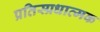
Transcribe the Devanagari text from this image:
प्रतिस्प्रधात्मक